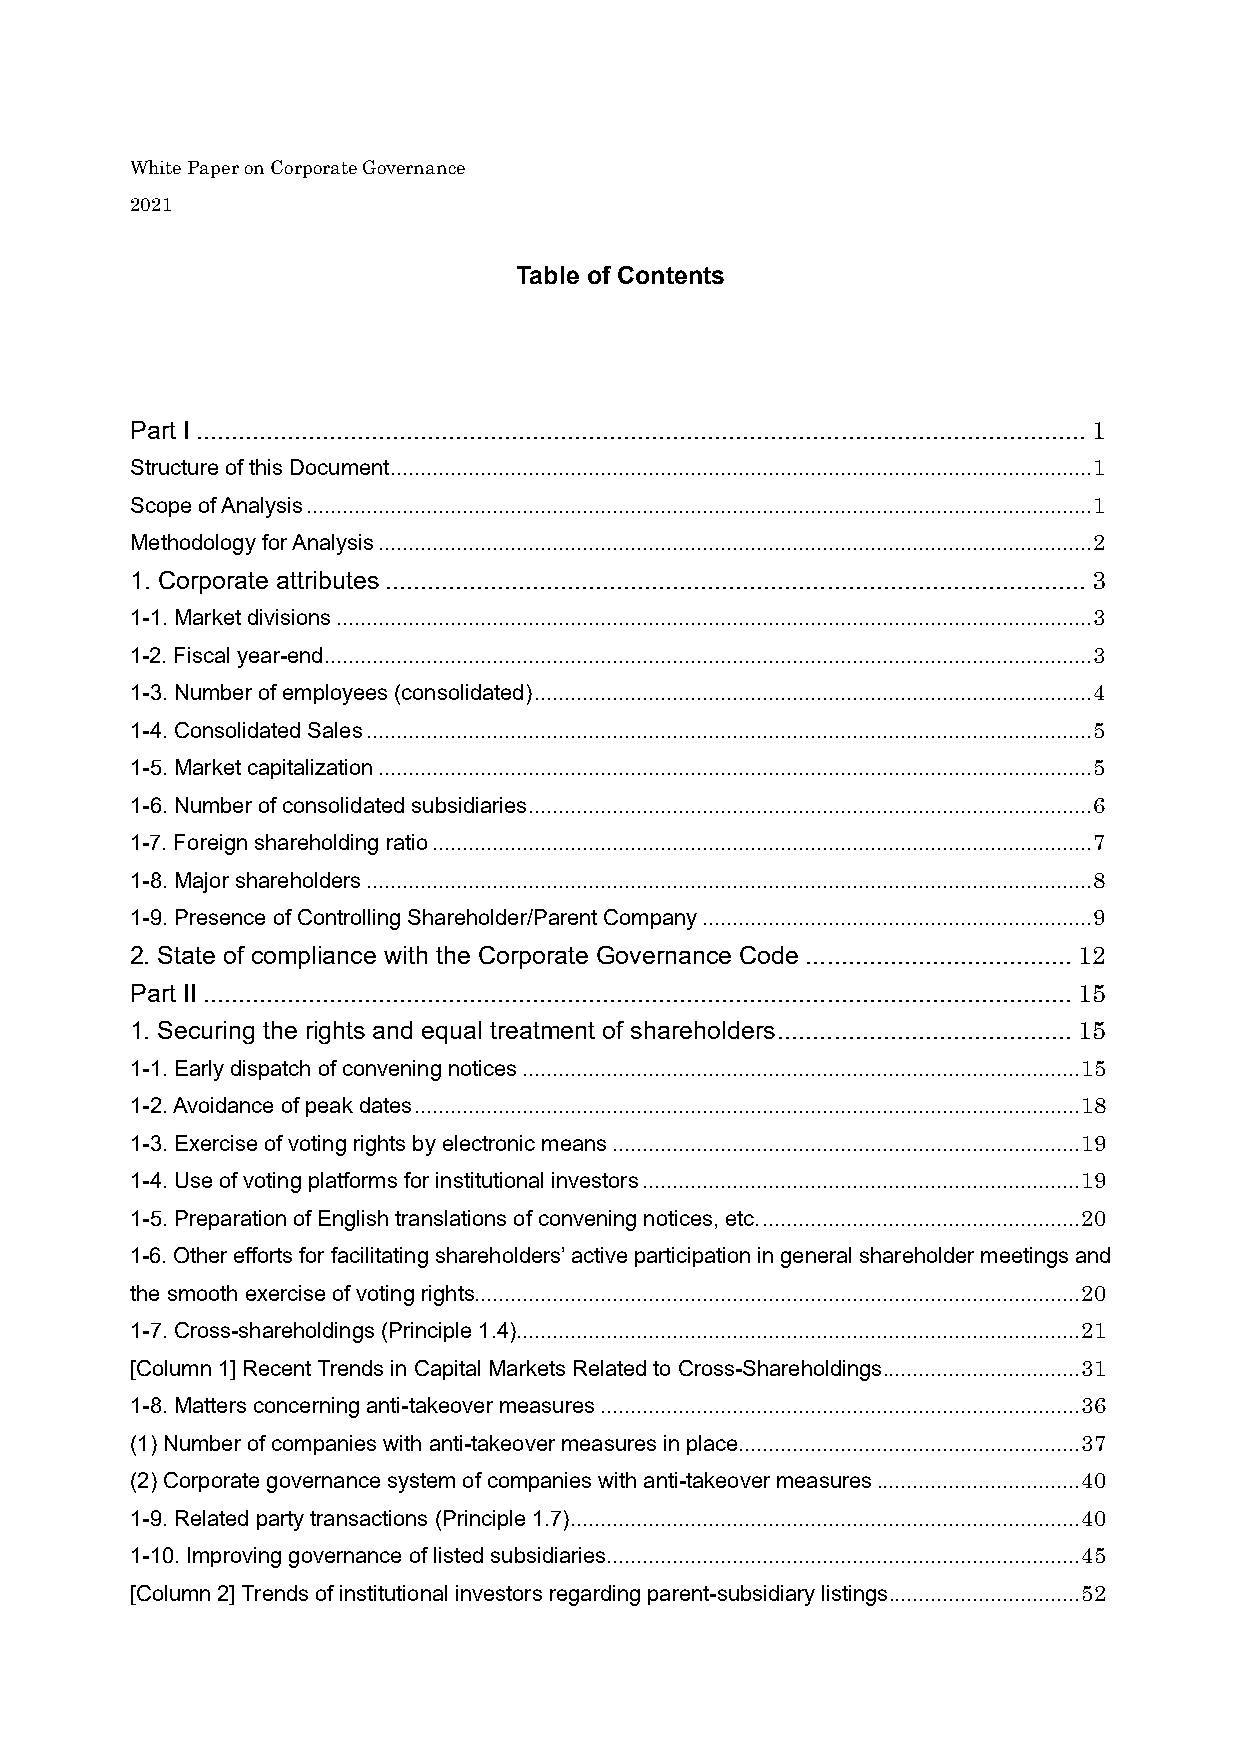
White Paper on Corporate Governance
 2021
 Table of Contents
 Part I...............................................................................................................................1
 Structure of this Document.....................................................................................................................1
 Scope ofAnalysis...................................................................................................................................1
 Methodology for Analysis.......................................................................................................................2
 1. Corporate attributes....................................................................................................3
 1-1. Market divisions..............................................................................................................................3
 1-2. Fiscal year-end................................................................................................................................3
 1-3. Number ofemployees (consolidated).............................................................................................4
 1-4. Consolidated Sales.........................................................................................................................5
 1-5. Market capitalization.......................................................................................................................5
 1-6. Number of consolidated subsidiaries..............................................................................................6
 1-7. Foreign shareholding ratio..............................................................................................................7
 1-8. Major shareholders.........................................................................................................................8
 1-9. Presence of Controlling Shareholder/Parent Company.................................................................9
 2. State of compliance with the Corporate Governance Code ...................................... 12
 Part II............................................................................................................................ 15
 1. Securing the rights and equal treatment of shareholders.......................................... 15
 1-1. Early dispatch of convening notices.............................................................................................15
 1-2. Avoidance of peak dates...............................................................................................................18
 1-3. Exercise of voting rights by electronic means..............................................................................19
 1-4. Use of voting platforms for institutional investors.........................................................................19
 1-5. Preparation of English translations of convening notices, etc......................................................20
 1-6. Other efforts for facilitating shareholders’ active participation in general shareholder meetings and
 the smooth exercise of voting rights.....................................................................................................20
 1-7. Cross-shareholdings (Principle 1.4)..............................................................................................21
 [Column 1] Recent Trends in Capital Markets Related to Cross-Shareholdings.................................31
 1-8. Matters concerning anti-takeover measures................................................................................36
 (1) Number of companies with anti-takeover measures in place.........................................................37
 (2) Corporate governance system of companies with anti-takeover measures..................................40
 1-9. Related party transactions (Principle 1.7).....................................................................................40
 1-10. Improving governance of listed subsidiaries...............................................................................45
 [Column 2] Trends of institutional investors regarding parent-subsidiary listings................................52